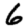
Digit: 6